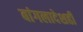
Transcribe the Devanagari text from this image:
बांगलादेशही